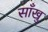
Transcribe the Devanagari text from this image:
साँखु